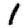
Digit: 1